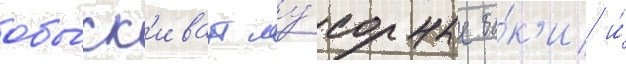
обы́ск'иваут му́сорные ба́к'и и́